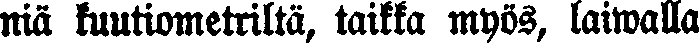
niä kuutiometriltä, taikka myös, laiwalla